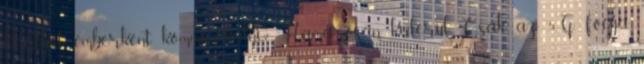
chatbot emberként kommunikálni? Hamarosan kiderül. Csak az 5G fogja